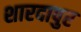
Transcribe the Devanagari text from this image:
शारदापुर